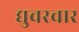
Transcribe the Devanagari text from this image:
द्युचरचार